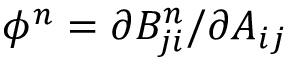
\phi ^ { n } = \partial B _ { j i } ^ { n } / \partial A _ { i j }